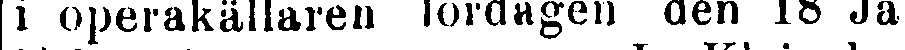
i operakällaren lördagen den 18 Jan